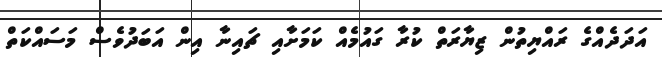
އަދަދެއްގެ ރައްޔިތުން ޒިޔާރަތް ކުރާ ގައުމެއް ކަމަށާއި ޗައިނާ އިން އަބަދުވެސް މަސައްކަތް